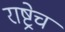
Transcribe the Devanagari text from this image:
राष्ट्रेच